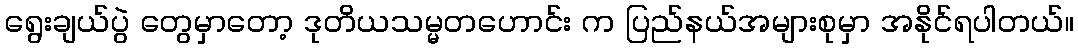
ရွေးချယ်ပွဲ တွေမှာတော့ ဒုတိယသမ္မတဟောင်း က ပြည်နယ်အများစုမှာ အနိုင်ရပါတယ်။